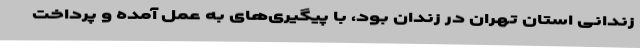
زندانی استان تهران در زندان بود، با پیگیری‌های به عمل آمده و پرداخت